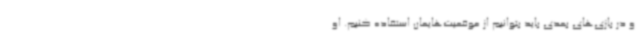
و در بازی‌های بعدی باید بتوانیم از موقعیت‌هایمان استفاده کنیم. او